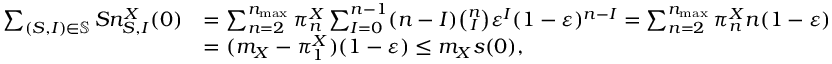
\begin{array} { r l } { \sum _ { ( S , I ) \in \mathbb { S } } S n _ { S , I } ^ { X } ( 0 ) } & { = \sum _ { n = 2 } ^ { n _ { \operatorname* { m a x } } } \pi _ { n } ^ { X } \sum _ { I = 0 } ^ { n - 1 } ( n - I ) \binom { n } { I } \varepsilon ^ { I } ( 1 - \varepsilon ) ^ { n - I } = \sum _ { n = 2 } ^ { n _ { \operatorname* { m a x } } } \pi _ { n } ^ { X } n ( 1 - \varepsilon ) } \\ & { = ( m _ { X } - \pi _ { 1 } ^ { X } ) ( 1 - \varepsilon ) \leq m _ { X } s ( 0 ) , } \end{array}